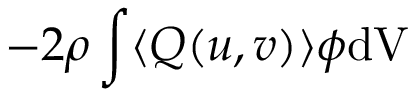
- 2 \rho \int \langle { Q } ( u , v ) \rangle \phi \mathrm { d V }